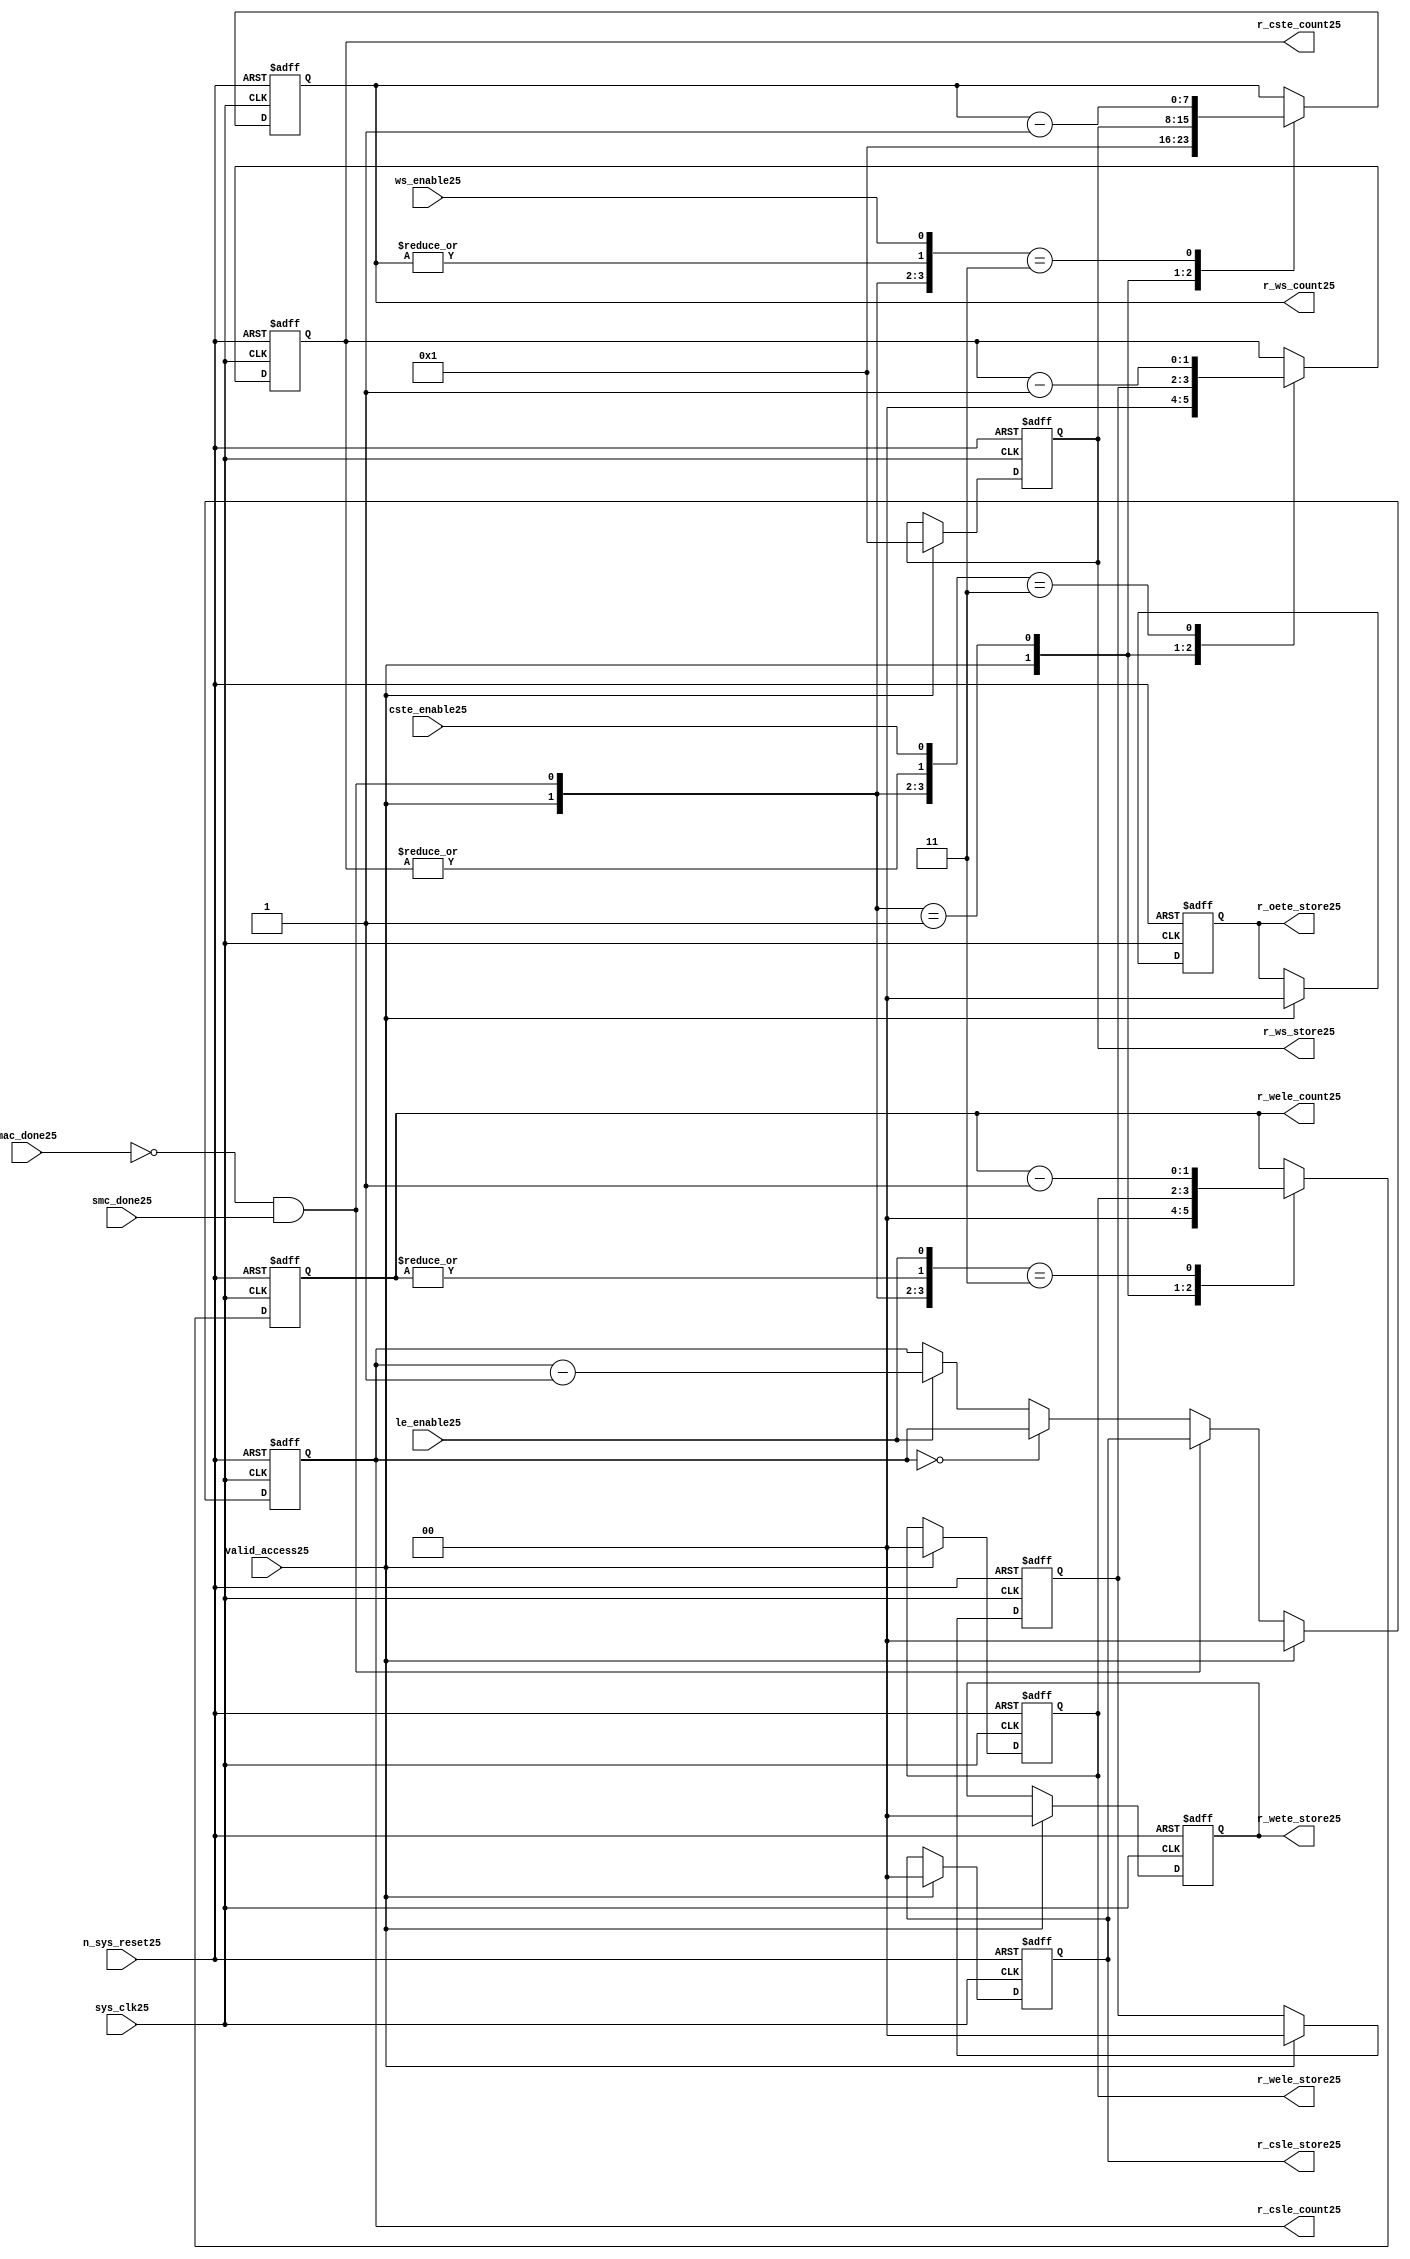
//File25 name   : smc_counter_lite25.v
//Title25       : 
//Created25     : 1999
//Description25 : Counter25 block.
//            : Static25 Memory Controller25.
//            : The counter block provides25 generates25 all cycle timings25
//            : The leading25 edge counts25 are individual25 2bit, loadable25,
//            : counters25. The wait state counter is a count down
//            : counter with a maximum size of 5 bits. The trailing25
//            : edge counts25 are registered for comparison25 with the
//            : wait state counter. The bus float25 (CSTE25) is a
//            : separate25 2bit counter. The initial count values are
//            : stored25 and reloaded25 into the counters25 if multiple
//            : accesses are required25.
//Notes25       : 
//----------------------------------------------------------------------
//   Copyright25 1999-2010 Cadence25 Design25 Systems25, Inc25.
//   All Rights25 Reserved25 Worldwide25
//
//   Licensed25 under the Apache25 License25, Version25 2.0 (the
//   "License25"); you may not use this file except25 in
//   compliance25 with the License25.  You may obtain25 a copy of
//   the License25 at
//
//       http25://www25.apache25.org25/licenses25/LICENSE25-2.0
//
//   Unless25 required25 by applicable25 law25 or agreed25 to in
//   writing, software25 distributed25 under the License25 is
//   distributed25 on an "AS25 IS25" BASIS25, WITHOUT25 WARRANTIES25 OR25
//   CONDITIONS25 OF25 ANY25 KIND25, either25 express25 or implied25.  See
//   the License25 for the specific25 language25 governing25
//   permissions25 and limitations25 under the License25.
//----------------------------------------------------------------------


module smc_counter_lite25  (
                     //inputs25

                     sys_clk25,
                     n_sys_reset25,
                     valid_access25,
                     mac_done25, 
                     smc_done25, 
                     cste_enable25, 
                     ws_enable25,
                     le_enable25, 

                     //outputs25

                     r_csle_count25,
                     r_wele_count25,
                     r_ws_count25,
                     r_ws_store25,
                     r_oete_store25,
                     r_wete_store25,
                     r_wele_store25,
                     r_cste_count25,
                     r_csle_store25);
   

//----------------------------------------------------------------------
// the Wait25 State25 Counter25
//----------------------------------------------------------------------
   
   
   // I25/O25
   
   input     sys_clk25;                  // AHB25 System25 clock25
   input     n_sys_reset25;              // AHB25 System25 reset (Active25 LOW25)
   
   input     valid_access25;             // load25 values are valid if high25
   input     mac_done25;                 // All cycles25 in a multiple access

   //  completed
   
   input                 smc_done25;   // one access completed
   input                 cste_enable25;// Enable25 CS25 Trailing25 Edge25 counter
   input                 ws_enable25;  // Enable25 Wait25 State25 counter
   input                 le_enable25;  // Enable25 all Leading25 Edge25 counters25
   
   // Counter25 outputs25
   
   output [1:0]             r_csle_count25;  //chip25 select25 leading25
                                             //  edge count
   output [1:0]             r_wele_count25;  //write strobe25 leading25 
                                             // edge count
   output [7:0] r_ws_count25;    //wait state count
   output [1:0]             r_cste_count25;  //chip25 select25 trailing25 
                                             // edge count
   
   // Stored25 counts25 for MAC25
   
   output [1:0]             r_oete_store25;  //read strobe25
   output [1:0]             r_wete_store25;  //write strobe25 trailing25 
                                              // edge store25
   output [7:0] r_ws_store25;    //wait state store25
   output [1:0]             r_wele_store25;  //write strobe25 leading25
                                             //  edge store25
   output [1:0]             r_csle_store25;  //chip25 select25  leading25
                                             //  edge store25
   
   
   // Counters25
   
   reg [1:0]             r_csle_count25;  // Chip25 select25 LE25 counter
   reg [1:0]             r_wele_count25;  // Write counter
   reg [7:0] r_ws_count25;    // Wait25 state select25 counter
   reg [1:0]             r_cste_count25;  // Chip25 select25 TE25 counter
   
   
   // These25 strobes25 finish early25 so no counter is required25. 
   // The stored25 value is compared with WS25 counter to determine25 
   // when the strobe25 should end.

   reg [1:0]    r_wete_store25;    // Write strobe25 TE25 end time before CS25
   reg [1:0]    r_oete_store25;    // Read strobe25 TE25 end time before CS25
   
   
   // The following25 four25 regisrers25 are used to store25 the configuration
   // during mulitple25 accesses. The counters25 are reloaded25 from these25
   // registers before each cycle.
   
   reg [1:0]             r_csle_store25;    // Chip25 select25 LE25 store25
   reg [1:0]             r_wele_store25;    // Write strobe25 LE25 store25
   reg [7:0] r_ws_store25;      // Wait25 state store25
   reg [1:0]             r_cste_store25;    // Chip25 Select25 TE25 delay
                                          //  (Bus25 float25 time)

   // wires25 used for meeting25 coding25 standards25
   
   wire         ws_count25;      //ORed25 r_ws_count25
   wire         wele_count25;    //ORed25 r_wele_count25
   wire         cste_count25;    //ORed25 r_cste_count25
   wire         mac_smc_done25;  //ANDed25 smc_done25 and not(mac_done25)
   wire [4:0]   case_cste25;     //concatenated25 signals25 for case statement25
   wire [4:0]   case_wele25;     //concatenated25 signals25 for case statement25
   wire [4:0]   case_ws25;       //concatenated25 signals25 for case statement25
   
   
   
   // Main25 Code25
   
//----------------------------------------------------------------------
// Counters25 (& Count25 Store25 for MAC25)
//----------------------------------------------------------------------


//----------------------------------------------------------------------
// WETE25 Store25
//----------------------------------------------------------------------

always @(posedge sys_clk25 or negedge n_sys_reset25)

begin   

   if (~(n_sys_reset25))
     
      r_wete_store25 <= 2'b00;
   
   
   else if (valid_access25)
     
      r_wete_store25 <= 2'b0;
   
   else
     
      r_wete_store25 <= r_wete_store25;

end
   
//----------------------------------------------------------------------
// OETE25 Store25
//----------------------------------------------------------------------

always @(posedge sys_clk25 or negedge n_sys_reset25)

begin   

   if (~(n_sys_reset25))
     
      r_oete_store25 <= 2'b00;
   
   
   else if (valid_access25)
     
      r_oete_store25 <= 2'b0;
   
   else

      r_oete_store25 <= r_oete_store25;

end
   
//----------------------------------------------------------------------
// CSLE25 Store25
//----------------------------------------------------------------------

always @(posedge sys_clk25 or negedge n_sys_reset25)

begin   

   if (~(n_sys_reset25))
     
      r_csle_store25 <= 2'b00;
   
   
   else if (valid_access25)
     
      r_csle_store25 <= 2'b00;
   
   else
     
      r_csle_store25 <= r_csle_store25;

end
   
//----------------------------------------------------------------------
// CSLE25 Counter25
//----------------------------------------------------------------------

always @(posedge sys_clk25 or negedge n_sys_reset25)

begin   

   if (~(n_sys_reset25))
     
      r_csle_count25 <= 2'b00;
   
   
   else
   begin
        
      if (valid_access25)
        
         r_csle_count25 <= 2'b00;
      
      else if (~(mac_done25) & smc_done25)
        
         r_csle_count25 <= r_csle_store25;
      
      else if (r_csle_count25 == 2'b00)
        
         r_csle_count25 <= r_csle_count25;
      
      else if (le_enable25)               
        
         r_csle_count25 <= r_csle_count25 - 2'd1;
      
      else
        
          r_csle_count25 <= r_csle_count25;
      
     end

end
   
   
//----------------------------------------------------------------------
// CSTE25 Store25
//----------------------------------------------------------------------

always @(posedge sys_clk25 or negedge n_sys_reset25)

begin   

   if (~(n_sys_reset25))

      r_cste_store25 <= 2'b00;

   else if (valid_access25)

      r_cste_store25 <= 2'b0;

   else

      r_cste_store25 <= r_cste_store25;

end
   
   
   
//----------------------------------------------------------------------
//concatenation25 of signals25 to avoid using nested25 ifs25
//----------------------------------------------------------------------

 assign mac_smc_done25 = (~(mac_done25) & smc_done25);
 assign cste_count25   = (|r_cste_count25);           //checks25 for count = 0
 assign case_cste25   = {1'b0,valid_access25,mac_smc_done25,cste_count25,
                       cste_enable25};
   
//----------------------------------------------------------------------
//CSTE25 COUNTER25
//----------------------------------------------------------------------

always @(posedge sys_clk25 or negedge n_sys_reset25)

begin   

   if (~(n_sys_reset25))

      r_cste_count25 <= 2'b00;

   else 
   begin
      casex(case_cste25)
           
        5'b1xxxx:        r_cste_count25 <= r_cste_count25;

        5'b01xxx:        r_cste_count25 <= 2'b0;

        5'b001xx:        r_cste_count25 <= r_cste_store25;

        5'b0000x:        r_cste_count25 <= r_cste_count25;

        5'b00011:        r_cste_count25 <= r_cste_count25 - 2'd1;

        default :        r_cste_count25 <= r_cste_count25;

      endcase // casex(w_cste_case25)
      
   end
   
end

//----------------------------------------------------------------------
// WELE25 Store25
//----------------------------------------------------------------------

always @(posedge sys_clk25 or negedge n_sys_reset25)

begin   

   if (~(n_sys_reset25))

      r_wele_store25 <= 2'b00;


   else if (valid_access25)

      r_wele_store25 <= 2'b00;

   else

      r_wele_store25 <= r_wele_store25;

end
   
   
   
//----------------------------------------------------------------------
//concatenation25 of signals25 to avoid using nested25 ifs25
//----------------------------------------------------------------------
   
   assign wele_count25   = (|r_wele_count25);         //checks25 for count = 0
   assign case_wele25   = {1'b0,valid_access25,mac_smc_done25,wele_count25,
                         le_enable25};
   
//----------------------------------------------------------------------
// WELE25 Counter25
//----------------------------------------------------------------------

always @(posedge sys_clk25 or negedge n_sys_reset25)

begin   
   if (~(n_sys_reset25))

      r_wele_count25 <= 2'b00;

   else
   begin

      casex(case_wele25)

        5'b1xxxx :  r_wele_count25 <= r_wele_count25;

        5'b01xxx :  r_wele_count25 <= 2'b00;

        5'b001xx :  r_wele_count25 <= r_wele_store25;

        5'b0000x :  r_wele_count25 <= r_wele_count25;

        5'b00011 :  r_wele_count25 <= r_wele_count25 - (2'd1);

        default  :  r_wele_count25 <= r_wele_count25;

      endcase // casex(case_wele25)

   end

end
   
//----------------------------------------------------------------------
// WS25 Store25
//----------------------------------------------------------------------

always @(posedge sys_clk25 or negedge n_sys_reset25)
  
begin   

   if (~(n_sys_reset25))

      r_ws_store25 <= 8'd0;


   else if (valid_access25)

      r_ws_store25 <= 8'h01;

   else

      r_ws_store25 <= r_ws_store25;

end
   
   
   
//----------------------------------------------------------------------
//concatenation25 of signals25 to avoid using nested25 ifs25
//----------------------------------------------------------------------
   
   assign ws_count25   = (|r_ws_count25); //checks25 for count = 0
   assign case_ws25   = {1'b0,valid_access25,mac_smc_done25,ws_count25,
                       ws_enable25};
   
//----------------------------------------------------------------------
// WS25 Counter25
//----------------------------------------------------------------------

always @(posedge sys_clk25 or negedge n_sys_reset25)

begin   

   if (~(n_sys_reset25))

      r_ws_count25 <= 8'd0;

   else  
   begin
   
      casex(case_ws25)
 
         5'b1xxxx :  
            r_ws_count25 <= r_ws_count25;
        
         5'b01xxx :
            r_ws_count25 <= 8'h01;
        
         5'b001xx :  
            r_ws_count25 <= r_ws_store25;
        
         5'b0000x :  
            r_ws_count25 <= r_ws_count25;
        
         5'b00011 :  
            r_ws_count25 <= r_ws_count25 - 8'd1;
        
         default  :  
            r_ws_count25 <= r_ws_count25;

      endcase // casex(case_ws25)
      
   end
   
end  
   
   
endmodule